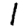
Digit: 1